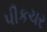
પીકચર